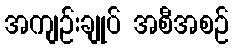
အကျဉ်းချုပ် အစီအစဉ်